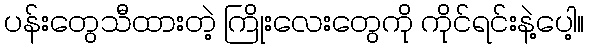
ပန်းတွေသီထားတဲ့ ကြိုးလေးတွေကို ကိုင်ရင်းနဲ့ပေါ့။